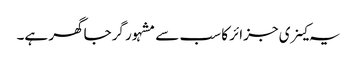
یہ کینری جزائر کا سب سے مشہور گرجاگھر ہے۔